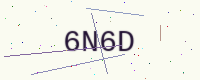
Text: 6N6D